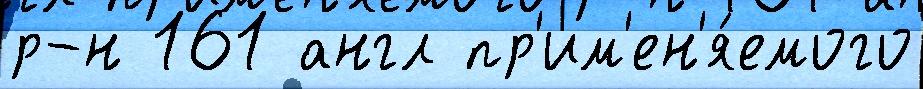
р-н 161 англ пр'им'ен'я́емого